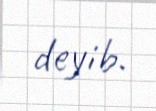
deyib.